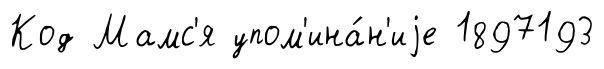
Код Мамс'я упом'ина́н'иjе 1897193